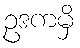
ဥဒကမှိ